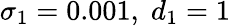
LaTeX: \sigma_{1}=0.001,\; d_{1}=1